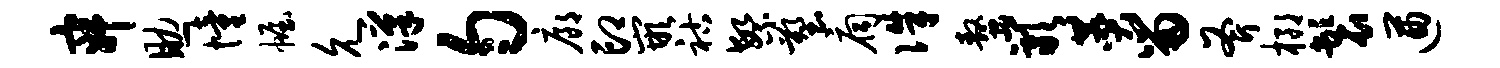
寂助憧幄允汉匀廊印嵌祜繁塑扃侏螯岩赞留斧榔鬟遒